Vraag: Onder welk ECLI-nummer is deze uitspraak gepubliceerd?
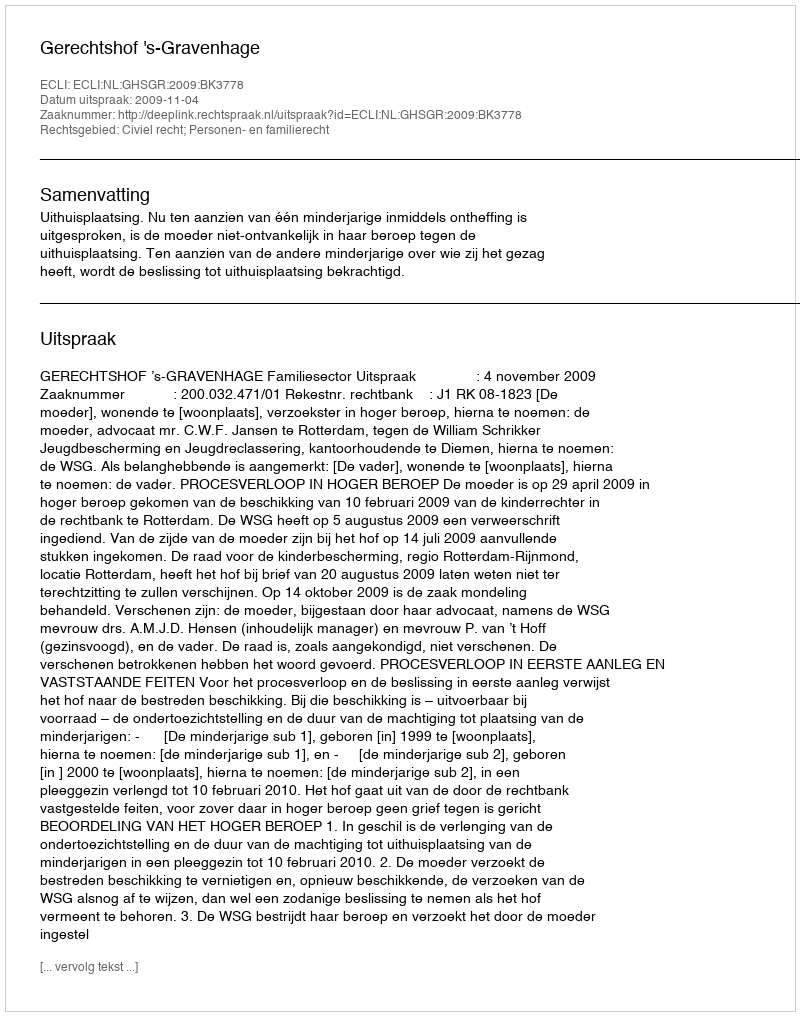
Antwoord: ECLI:NL:GHSGR:2009:BK3778